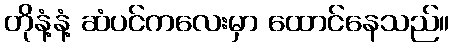
တိုနံ့နံ့ ဆံပင်ကလေးမှာ ထောင်နေသည်။